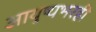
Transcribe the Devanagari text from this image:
आयुष्यभरही